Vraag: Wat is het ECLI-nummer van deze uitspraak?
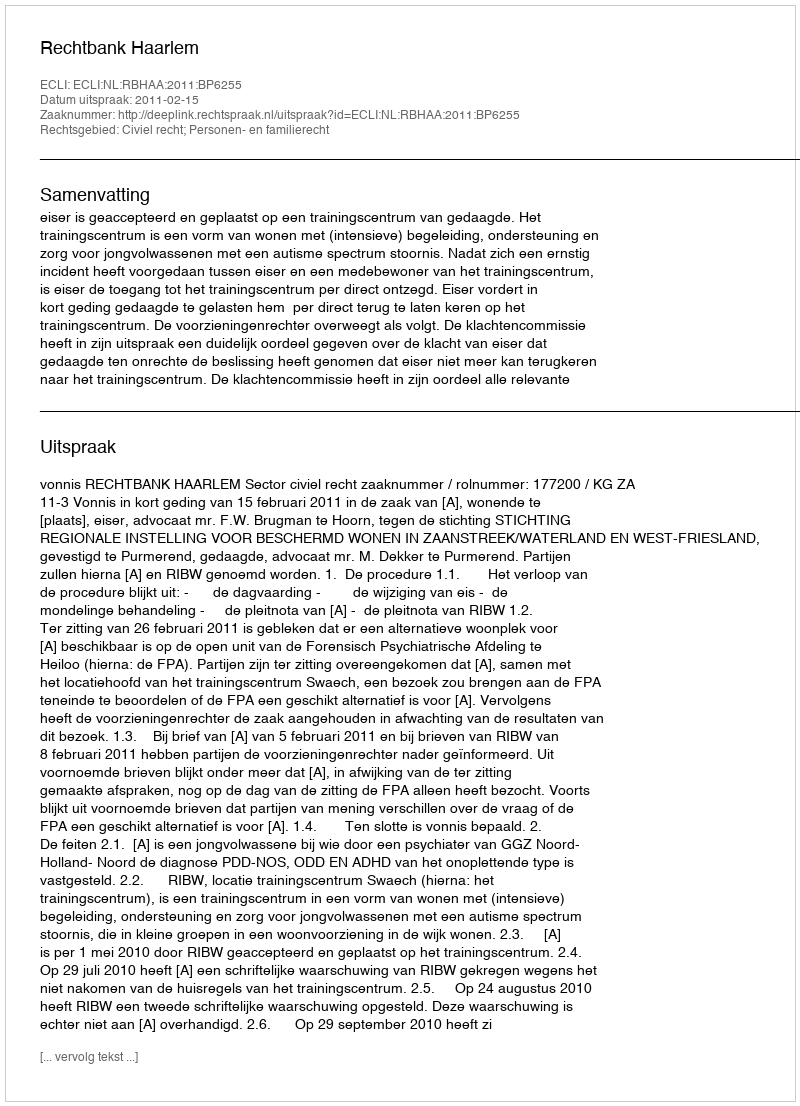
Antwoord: ECLI:NL:RBHAA:2011:BP6255